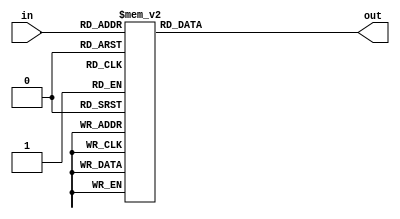
module top_module( 
    input [2:0] in,
    output [1:0] out );
    
    always @(*) begin
        case (in)
            3'b000: out = 2'd0;
            3'b001: out = 2'd1;
            3'b010: out = 2'd1;
            3'b011: out = 2'd2;
            3'b100: out = 2'd1;
            3'b101: out = 2'd2;
            3'b110: out = 2'd2;
            3'b111: out = 2'd3;
        endcase
    end
    
endmodule